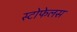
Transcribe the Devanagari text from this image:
स्टोफेलस